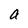
Character: a